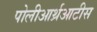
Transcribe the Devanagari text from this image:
पोलीआर्थ्रआटीस